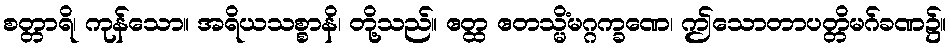
စတ္တာရိ၊ ကုန်သော။ အရိယသစ္စာနိ၊ တို့သည်။ ဧတ္ထ ဧတသ္မိံမဂ္ဂက္ခဏေ၊ ဤသောတာပတ္တိမဂ်ခဏ၌။